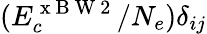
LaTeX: (E_{c}^{\mathrm{~x~B~W~2~}}/N_{e})\delta_{ij}